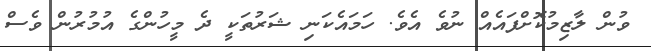
ވުން ލާޒިމުކޮށްފައެއް ނުވެ އެވެ. ހަމައެކަނި ޝަރުތަކީ ދެ މީހުންގެ އުމުރުން ވެސް